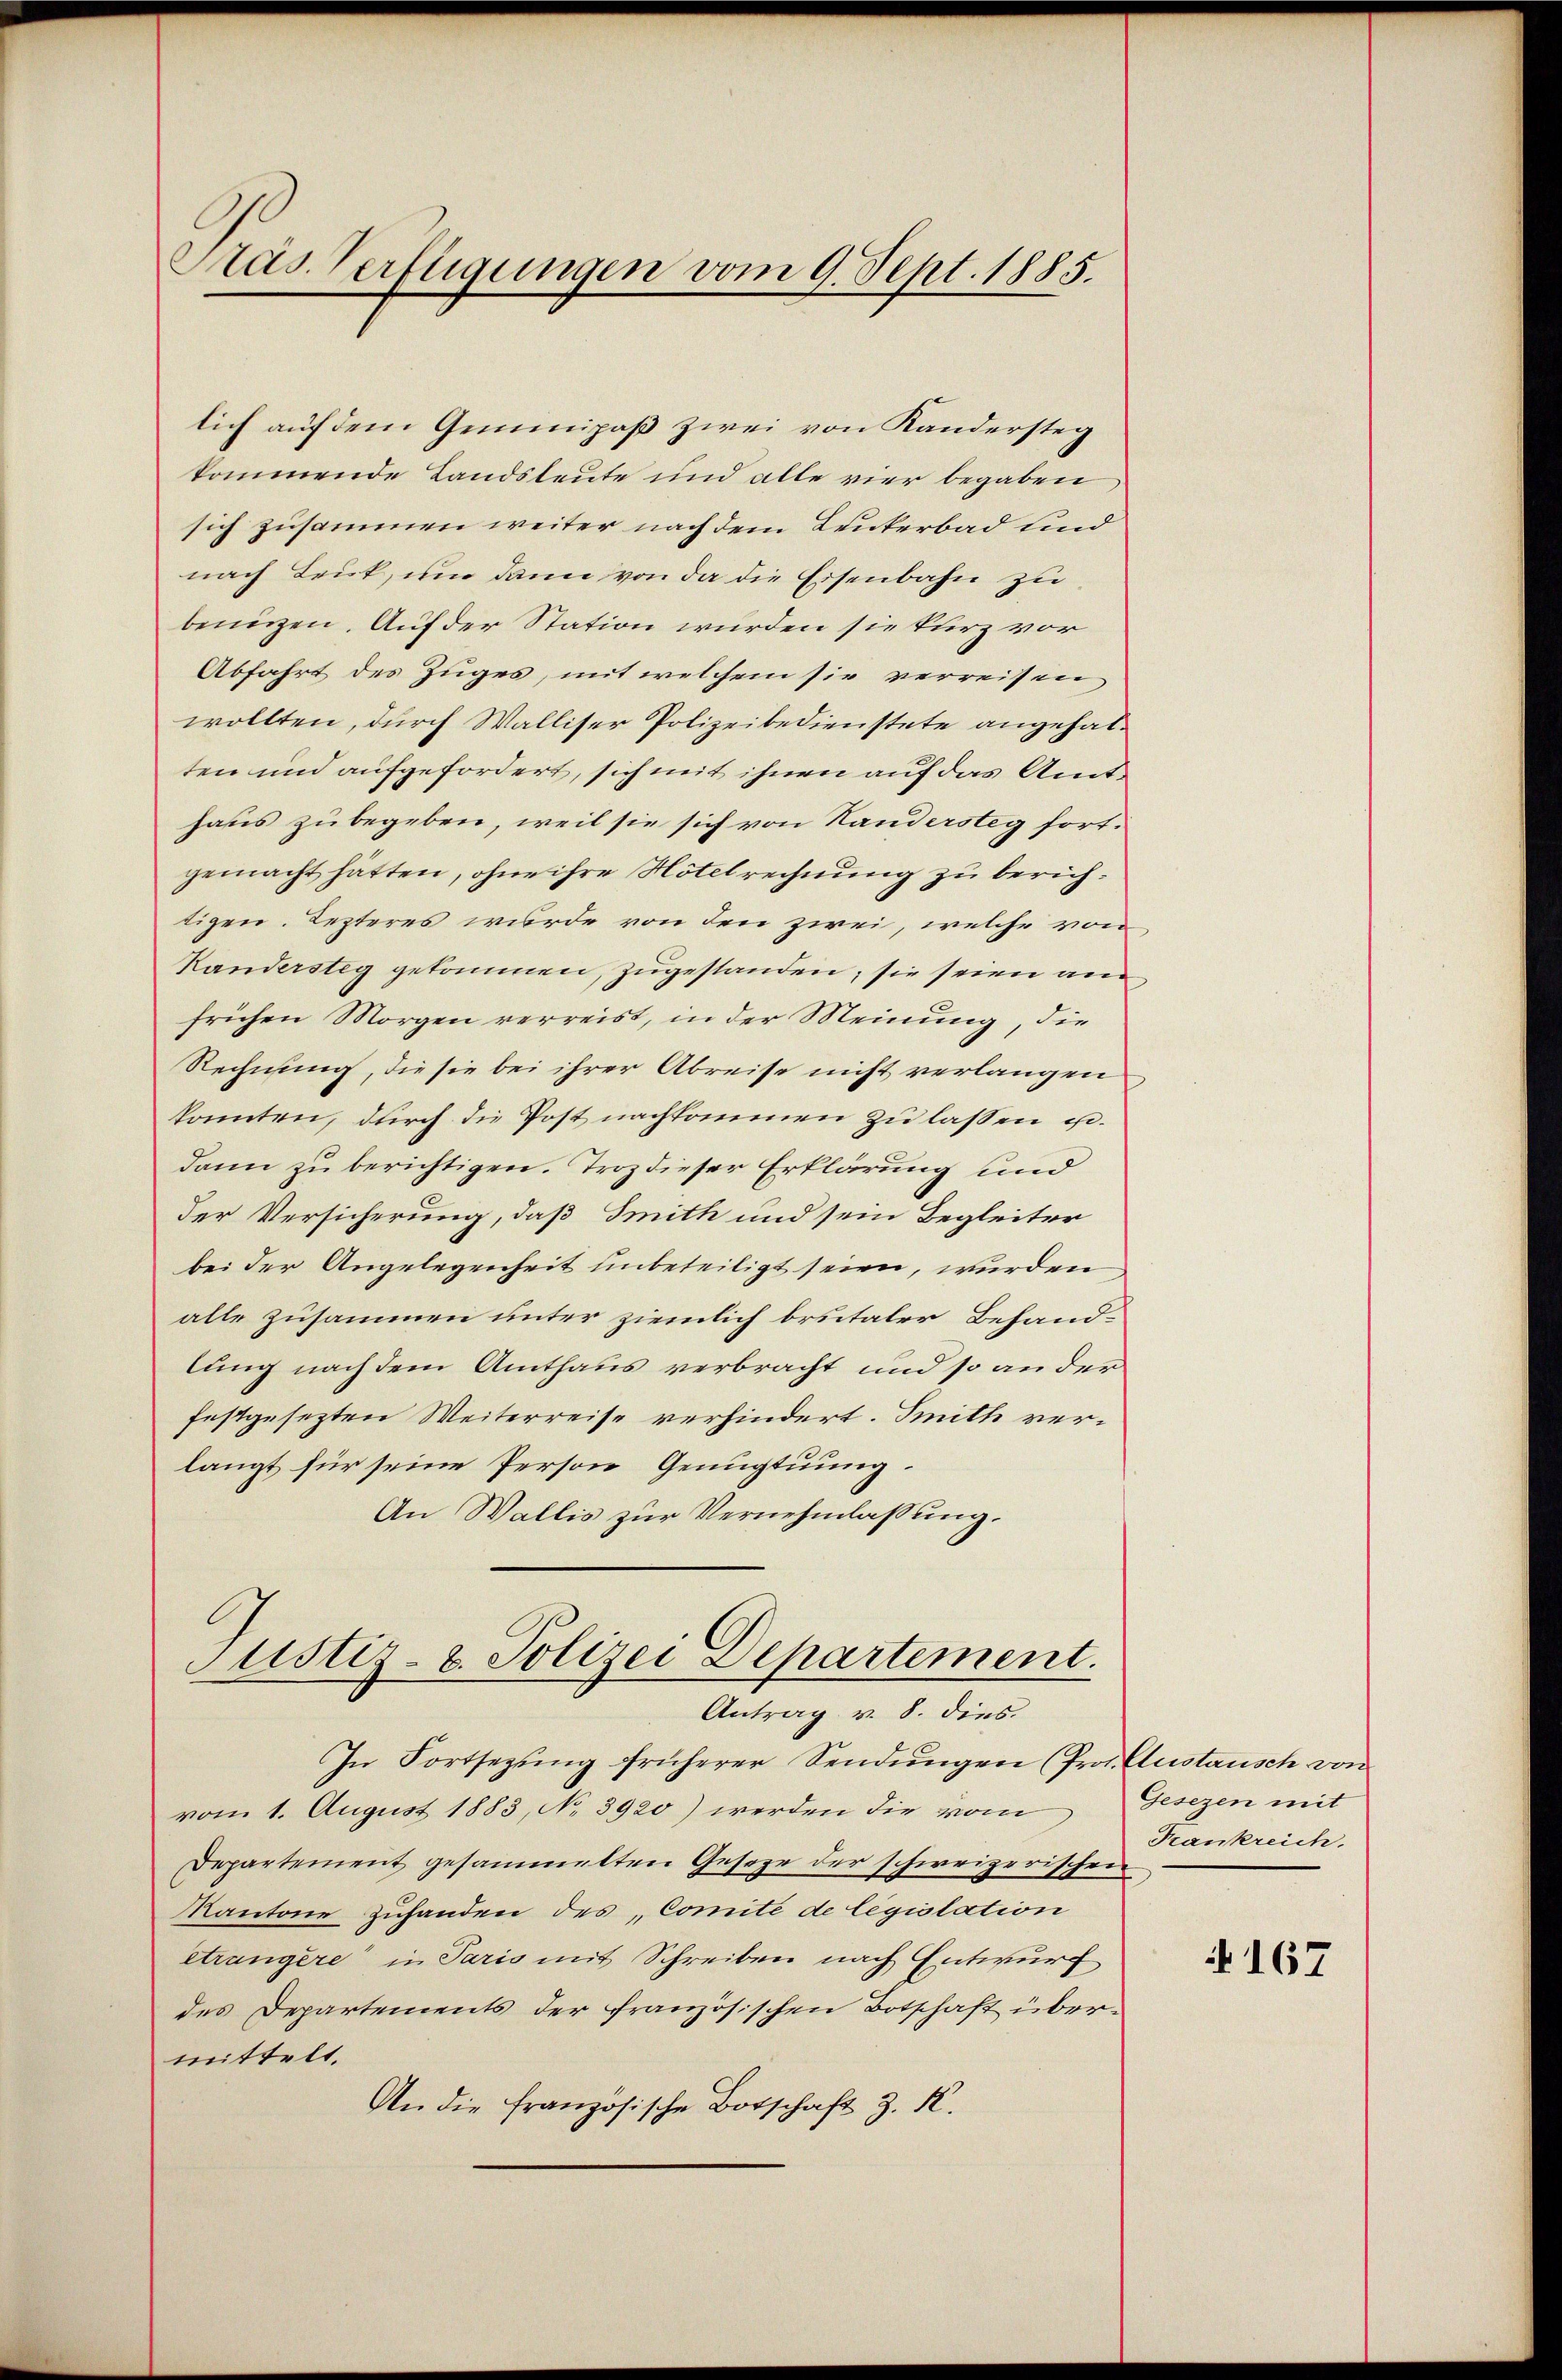
Pras. Verfügungen vom 9. Sept. 1885.

lich auf dem Gemeinpaß zwei von Kandersteg
kommende Landsleute und alle vier begaben
sich zusammen weiter nach dem Leuterbad sind
nach Leuk, um dann von da die Eisenbahn zu
benügen. Auf der Station wurden sie kurz vor
Abfahrt des Zuges, mit welchem sie verreisen
wollten, durch Walliser Polizeibedienstete angehalten und aufgefordert, sich mit ihnen auf das Amthaus zu begeben, weil sie sich von Handersteg fortgemacht hätten, ohne ihre Notelrechnung zu berichtigen. Lezteres wurde von den zwei, welche von
Kanderstig gekommen, zugestanden; sie seien am
frühen Morgen verreist, in der Meinung, die
Rechnung, die sie bei ihrer Abreise nicht verlangen
konnten, durch die Post nachkommen zu lassen podann zu berichtigen. Troz dieser Erklärung und
der Versicherung, daß Smith und sein Begleiter
bei der Angelegenheit unbeteiligt seien, wurden
alle zusammen unter ziemlich brutaler Behand-
lung nach dem Amthaus verbracht und so an der
festgesezten Weiterreise verhindert. Smith verlangt für seine Person Genugtuung
An Wallis zur Vernehmlassung.

Justiz- & Polizei Departement.
Antrag v. 8. dies

In Fortsezung früherer Sendungen (Prof. Custausch von
vom 1. August 1883, No 3920) werden die vom
Departement gesammelten Gesage der schweizerischen
Kantone zuhanden des Comité de legislation
etrangère in Paris mit Schreiben nach Entwurf
des Departements der französischen Botschaft übermittelt.
An die französische Botschaft z. K.

Gesezen mit
Frankreich.

167